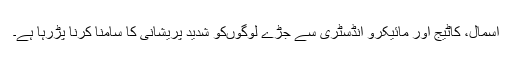
اسمال، کاٹیج اور مائیکرو انڈسٹری سے جڑے لوگوںکو شدید پریشانی کا سامنا کرنا پڑرہا ہے۔